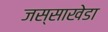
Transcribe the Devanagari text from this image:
जस्‍साखेडा